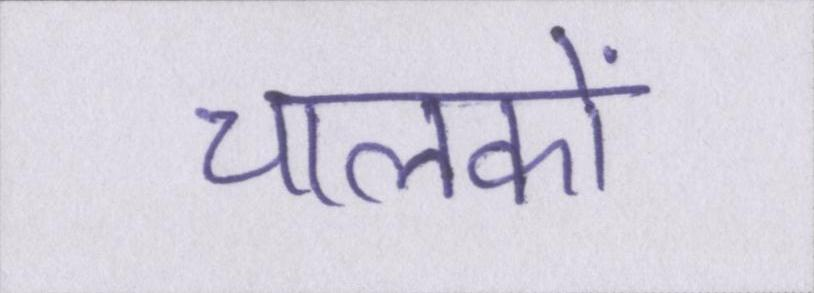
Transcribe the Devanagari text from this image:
चालकों